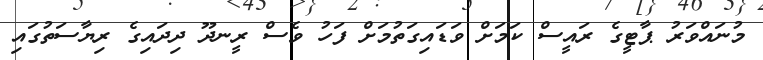
މުނައްވަރު ޕާޓީގެ ރައީސް ކަމަށް ވަޑައިގަތުމަށް ފަހު ވެސް ރީނދޫ ދިދައިގެ ރިޔާސަތުގައި